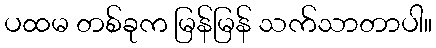
ပထမ တစ်ခုက မြန်မြန် သက်သာတာပါ။